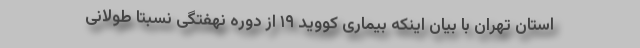
استان تهران با بیان اینکه بیماری کووید ۱۹ از دوره نهفتگی نسبتا طولانی